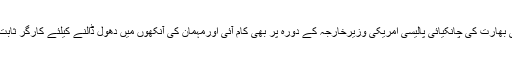
اب یہی بھارت کی چانکیائی پالیسی امریکی وزیرخارجہ کے دورۂ پر بھی کام آئی اورمہمان کی آنکھوں میں دھول ڈالنے کیلئے کارگر ثابت ہوئی۔